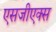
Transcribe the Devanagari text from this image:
एसजीएक्स